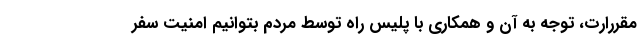
مقررارت، توجه به آن و همکاری با پلیس راه توسط مردم بتوانیم امنیت سفر